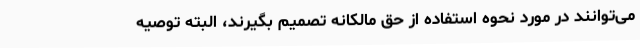
می‌توانند در مورد نحوه استفاده از حق مالکانه تصمیم بگیرند، البته توصیه